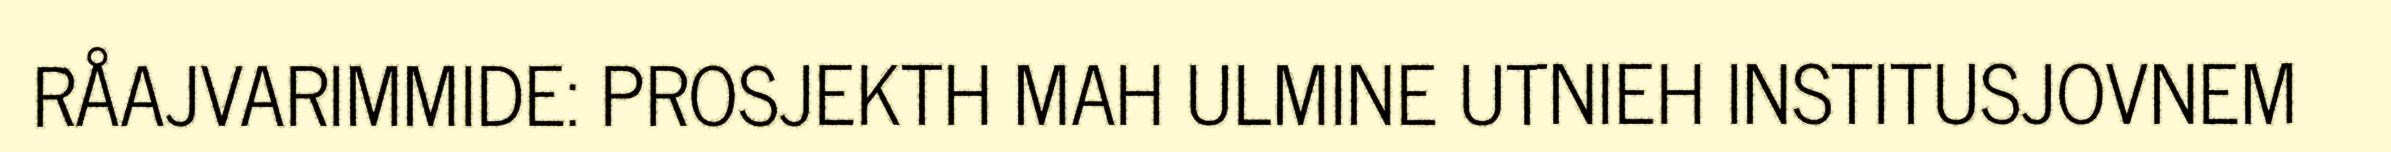
RÅAJVARIMMIDE: PROSJEKTH MAH ULMINE UTNIEH INSTITUSJOVNEM